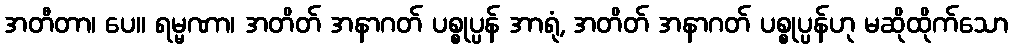
အတီတာ၊ ပေ။ ရမ္မဏာ၊ အတိတ် အနာဂတ် ပစ္စုပ္ပန် အာရုံ, အတိတ် အနာဂတ် ပစ္စုပ္ပန်ဟု မဆိုထိုက်သော